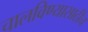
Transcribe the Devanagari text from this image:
चालविण्यासाठीच